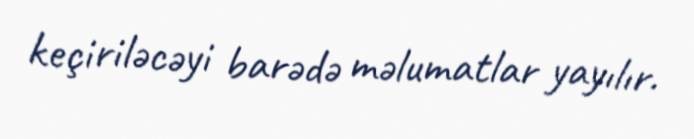
keçiriləcəyi barədə məlumatlar yayılır.